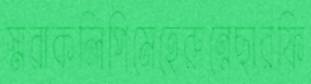
স্মরাকলিপিমেহেরুন্নেছারফি